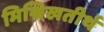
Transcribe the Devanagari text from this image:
मिश्रिखतीर्थ